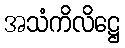
အသံကိလိဋ္ဌေ